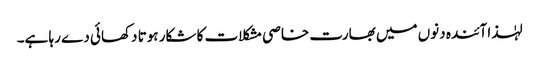
لہٰذا آئندہ دنوں میں بھارت خاصی مشکلات کا شکار ہوتا دکھائی دے رہا ہے۔